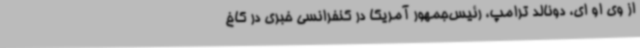
از وی او ای، دونالد ترامپ، رئیس‌جمهور آمریکا در کنفرانسی خبری در کاخ